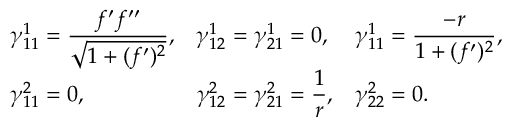
\begin{array} { l l l } { \gamma _ { 1 1 } ^ { 1 } = \displaystyle \frac { f ^ { \prime } f ^ { \prime \prime } } { \sqrt { 1 + ( f ^ { \prime } ) ^ { 2 } } } , } & { \gamma _ { 1 2 } ^ { 1 } = \gamma _ { 2 1 } ^ { 1 } = 0 , } & { \gamma _ { 1 1 } ^ { 1 } = \displaystyle \frac { - r } { 1 + ( f ^ { \prime } ) ^ { 2 } } , } \\ { \gamma _ { 1 1 } ^ { 2 } = 0 , } & { \gamma _ { 1 2 } ^ { 2 } = \gamma _ { 2 1 } ^ { 2 } = \displaystyle \frac { 1 } { r } , } & { \gamma _ { 2 2 } ^ { 2 } = 0 . } \end{array}